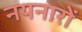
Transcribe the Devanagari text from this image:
नयनारों